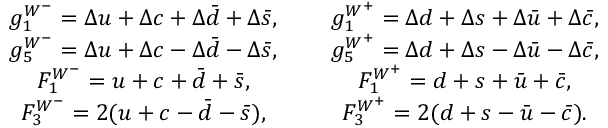
\begin{array} { c c c } { { g _ { 1 } ^ { W ^ { - } } = \Delta u + \Delta c + \Delta \bar { d } + \Delta \bar { s } , } } & { { \mathrm { ~ } } } & { { g _ { 1 } ^ { W ^ { + } } = \Delta d + \Delta s + \Delta \bar { u } + \Delta \bar { c } , } } \\ { { g _ { 5 } ^ { W ^ { - } } = \Delta u + \Delta c - \Delta \bar { d } - \Delta \bar { s } , } } & { { \mathrm { ~ } } } & { { g _ { 5 } ^ { W ^ { + } } = \Delta d + \Delta s - \Delta \bar { u } - \Delta \bar { c } , } } \\ { { F _ { 1 } ^ { W ^ { - } } = u + c + \bar { d } + \bar { s } , } } & { { \mathrm { ~ } } } & { { F _ { 1 } ^ { W ^ { + } } = d + s + \bar { u } + \bar { c } , } } \\ { { F _ { 3 } ^ { W ^ { - } } = 2 ( u + c - \bar { d } - \bar { s } ) , } } & { { \mathrm { ~ } } } & { { F _ { 3 } ^ { W ^ { + } } = 2 ( d + s - \bar { u } - \bar { c } ) . } } \end{array}